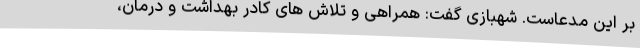
بر این مدعاست. شهبازی گفت: همراهی و تلاش های کادر بهداشت و درمان،